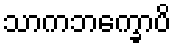
သာကဘက္ခောပိ